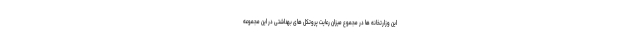
این وزارتخانه ها در مجموع میزان رعایت پروتکل های بهداشتی در این مجموعه